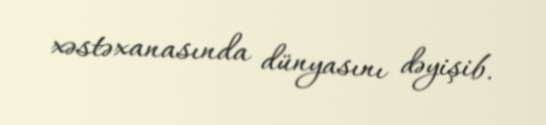
xəstəxanasında dünyasını dəyişib.